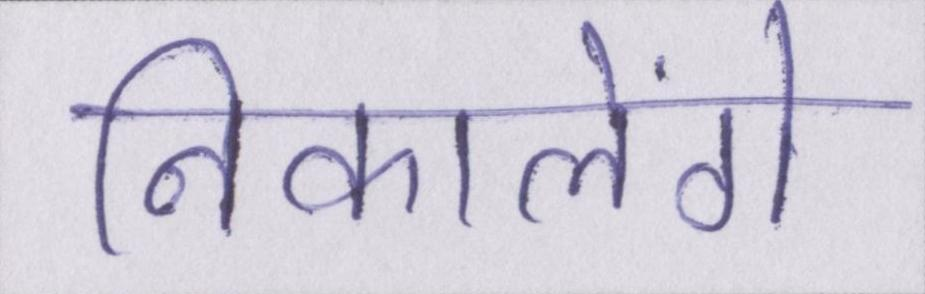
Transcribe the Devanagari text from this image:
निकालेंगे